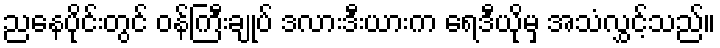
ညနေပိုင်းတွင် ဝန်ကြီးချုပ် ဒလားဒီးယားက ရေဒီယိုမှ အသံလွှင့်သည်။